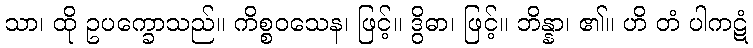
သာ၊ ထို ဥပက္ခောသည်။ ကိစ္စဝသေန၊ ဖြင့်။ ဒွိဓာ၊ ဖြင့်။ ဘိန္နာ၊ ၏။ ဟိ တံ ပါကဋံ